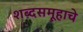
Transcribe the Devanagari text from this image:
शब्दसमूहाचे